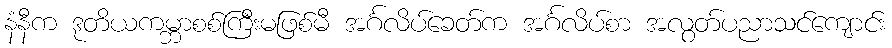
နံနီက ဒုတိယကမ္ဘာစစ်ကြီးမဖြစ်မီ အင်္ဂလိပ်ခေတ်က အင်္ဂလိပ်စာ အလွတ်ပညာသင်ကျောင်း